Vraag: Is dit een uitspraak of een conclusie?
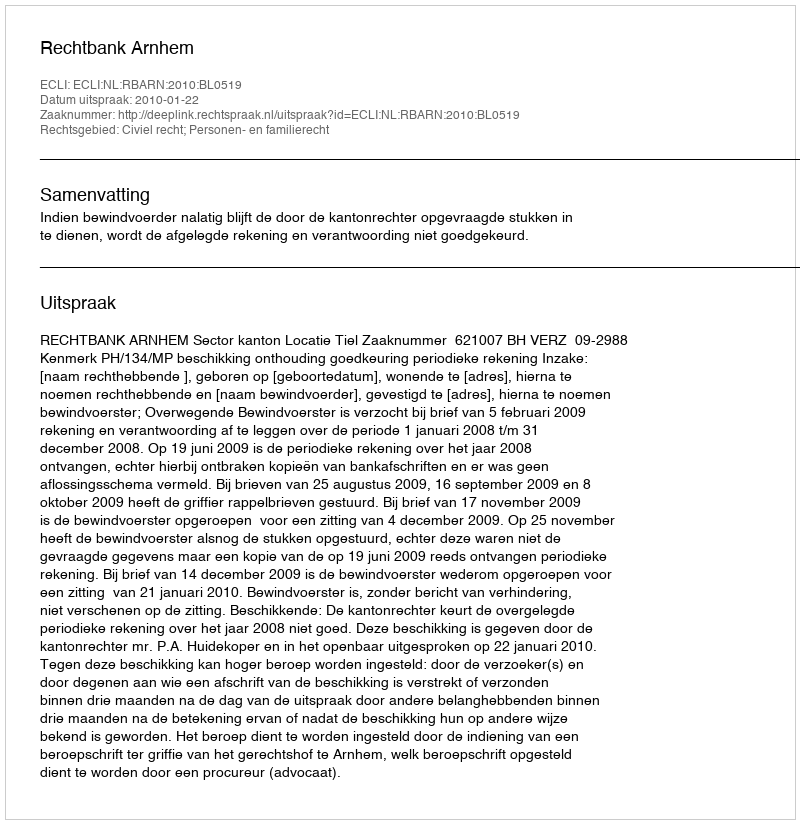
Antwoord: Uitspraak